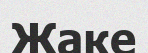
Жаке